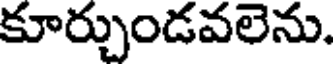
కూర్చుండవలెను.